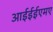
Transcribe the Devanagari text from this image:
आईईईएमए